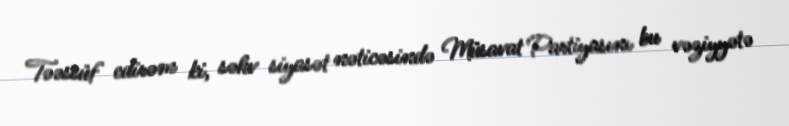
Təəssüf edirəm ki, səhv siyasət nəticəsində Müsavat Partiyasını bu vəziyyətə